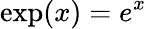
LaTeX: \exp(x)=e^{x}